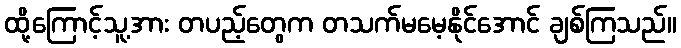
ထို့ကြောင့်သူ့အား တပည့်တွေက တသက်မမေ့နိုင်အောင် ချစ်ကြသည်။